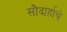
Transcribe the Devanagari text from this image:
सौदार्हाचे